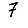
Digit: 7